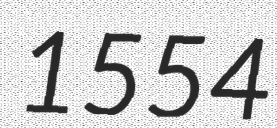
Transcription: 1554